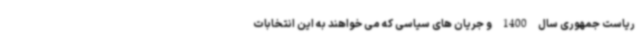
ریاست جمهوری سال 1400 و جریان های سیاسی که می خواهند به این انتخابات